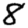
Digit: 8